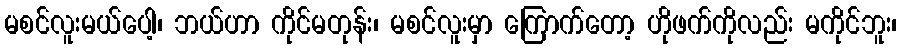
မစင်လူးမယ်ပေါ့၊ ဘယ်ဟာ ကိုင်မတုန်း၊ မစင်လူးမှာ ကြောက်တော့ ဟိုဖက်ကိုလည်း မကိုင်ဘူး၊